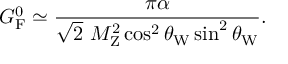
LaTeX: G _ { \mathrm { { F } } } ^ { 0 } \simeq { \frac { \pi \alpha } { { \sqrt { 2 } } ~ M _ { \mathrm { { Z } } } ^ { 2 } \cos ^ { 2 } \theta _ { \mathrm { { W } } } \sin ^ { 2 } \theta _ { \mathrm { { W } } } } } .